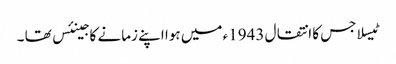
ٹیسلا جس کا انتقال 1943ء میں ہوا اپنے زمانے کا جینئس تھا ۔